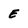
Character: E